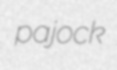
pajock